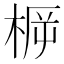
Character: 𣓣